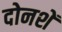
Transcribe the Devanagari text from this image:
दोनशें